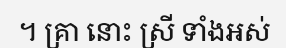
។ គ្រា នោះ ស្រី ទាំងអស់